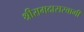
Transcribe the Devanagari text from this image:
श्रीरामदासस्वामी